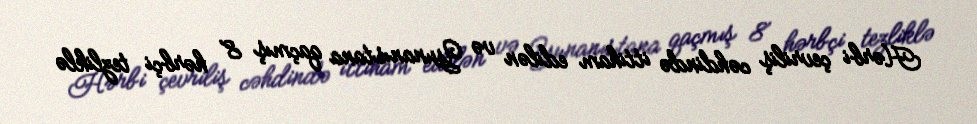
Hərbi çevriliş cəhdində ittiham edilən və Yunanıstana qaçmış 8 hərbçi tezliklə